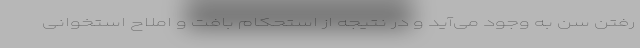
رفتن سن به وجود می‌آید و در نتیجه از استحکام بافت و املاح استخوانی